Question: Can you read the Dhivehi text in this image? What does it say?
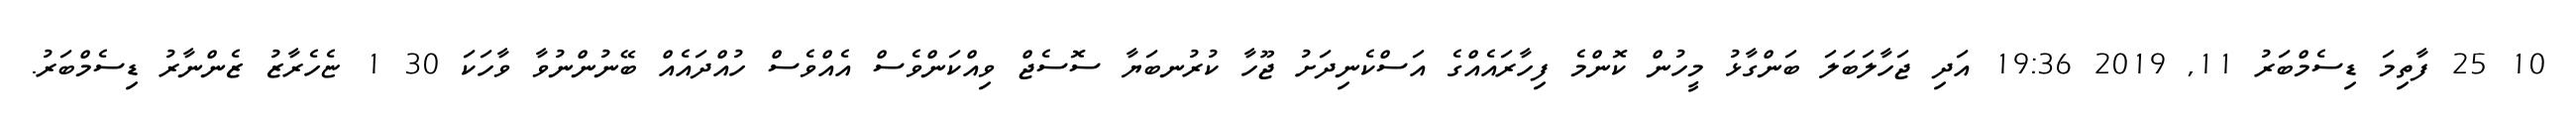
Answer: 10 25 ފާތިމަ ޑިސެމްބަރު 11, 2019 19:36 އަދި ޖަހާލަބަލަ ބަންގާޅު މީހުން ކޮންމެ ފިހާރައެއްގެ އަސްކެނިދަށު ޖޫހާ ކުރުނބަޔާ ސޮސެޖް ވިއްކަންވެސް އެއްވެސް ހުއްދައެއް ބޭނުންނުވާ ވާހަކަ 30 1 ޏެހެރާޒު ޒެންނާރު ޑިސެމްބަރު.